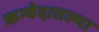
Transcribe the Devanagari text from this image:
ऋग्वेदातल्या